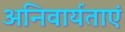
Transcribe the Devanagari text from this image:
अनिवार्यताएं